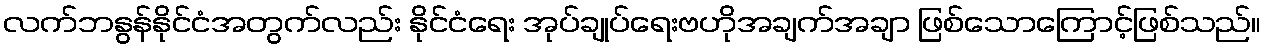
လက်ဘနွန်နိုင်ငံအတွက်လည်း နိုင်ငံရေး အုပ်ချုပ်ရေးဗဟိုအချက်အချာ ဖြစ်သောကြောင့်ဖြစ်သည်။